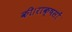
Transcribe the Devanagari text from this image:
की।राक्षसों